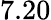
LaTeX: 7.20